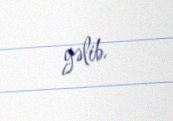
gəlib.